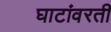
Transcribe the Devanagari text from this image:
घाटांवरती